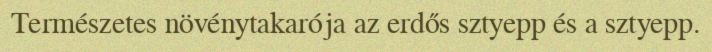
Természetes növénytakarója az erdős sztyepp és a sztyepp.